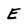
Character: E